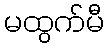
မထွက်မီ